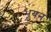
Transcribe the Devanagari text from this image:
भूयन